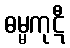
ဓမ္မကုဋီ